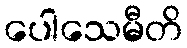
ပေါသေမီတိ